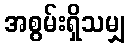
အစွမ်းရှိသမျှ